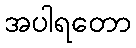
အပါရတော